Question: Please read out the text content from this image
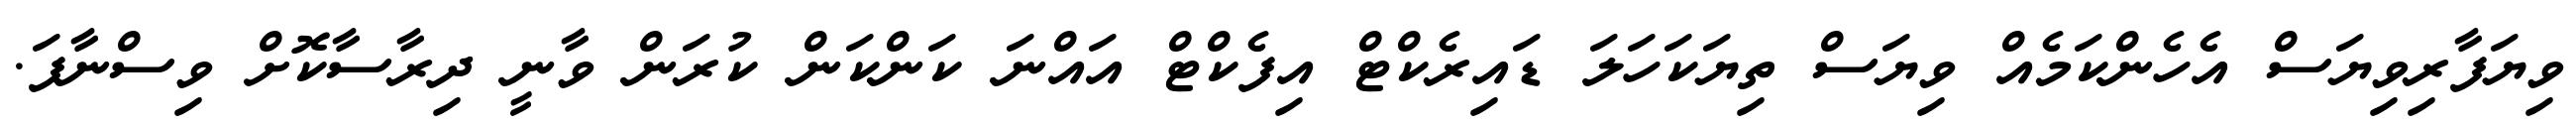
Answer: ވިޔަފާރިވިޔަސް އެހެންކަމެއް ވިޔަސް ތިޔަކަހަލަ ޑައިރެކްޓް އިފެކްޓް އައްނަ ކަންކަން ކުރަން ވާނީ ދިރާސާކޮށް ވިސްނާފަ.